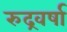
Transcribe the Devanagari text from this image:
रुद्रवर्षा